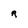
Character: R